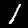
Label: 1